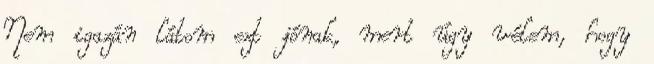
Nem igazán látom ezt jónak, mert úgy vélem, hogy